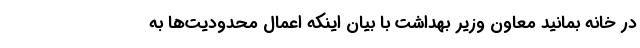
در خانه بمانید معاون وزیر بهداشت با بیان اینکه اعمال محدودیت‌ها به